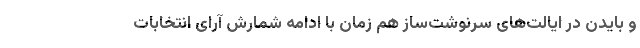
و بایدن در ایالت‌های سرنوشت‌ساز هم‌ زمان با ادامه شمارش آرای انتخابات